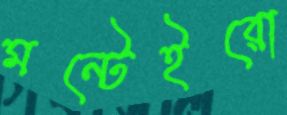
মন্টেইরো